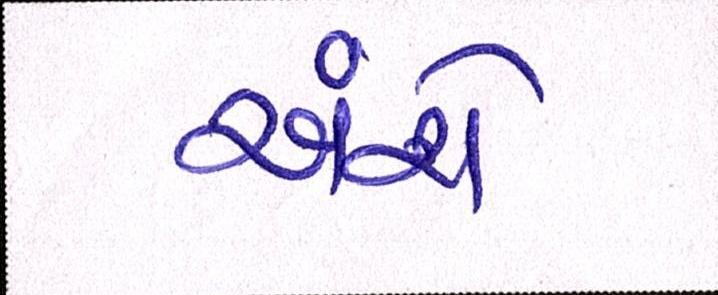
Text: અંશે